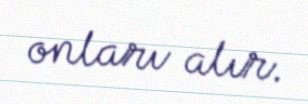
onları alır.